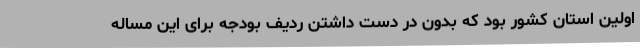
اولین استان کشور بود که بدون در دست داشتن ردیف بودجه برای این مساله